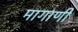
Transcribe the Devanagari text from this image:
मागाणी